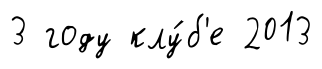
3 году клу́б'е 2013